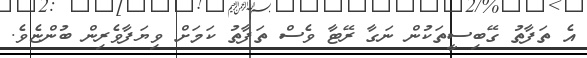
އެ ތަފާތު ގޭބިސީތަކުން ނަގާ ރޭޓާ ވެސް ތަފާތު ކަމަށް ވިޔަފާވެރިން ބުންޏެވެ.